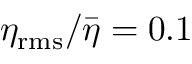
\eta _ { \mathrm { r m s } } / \bar { \eta } = 0 . 1